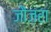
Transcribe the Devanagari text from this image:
जौज़रा